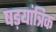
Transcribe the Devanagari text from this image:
षड़यांत्रिक